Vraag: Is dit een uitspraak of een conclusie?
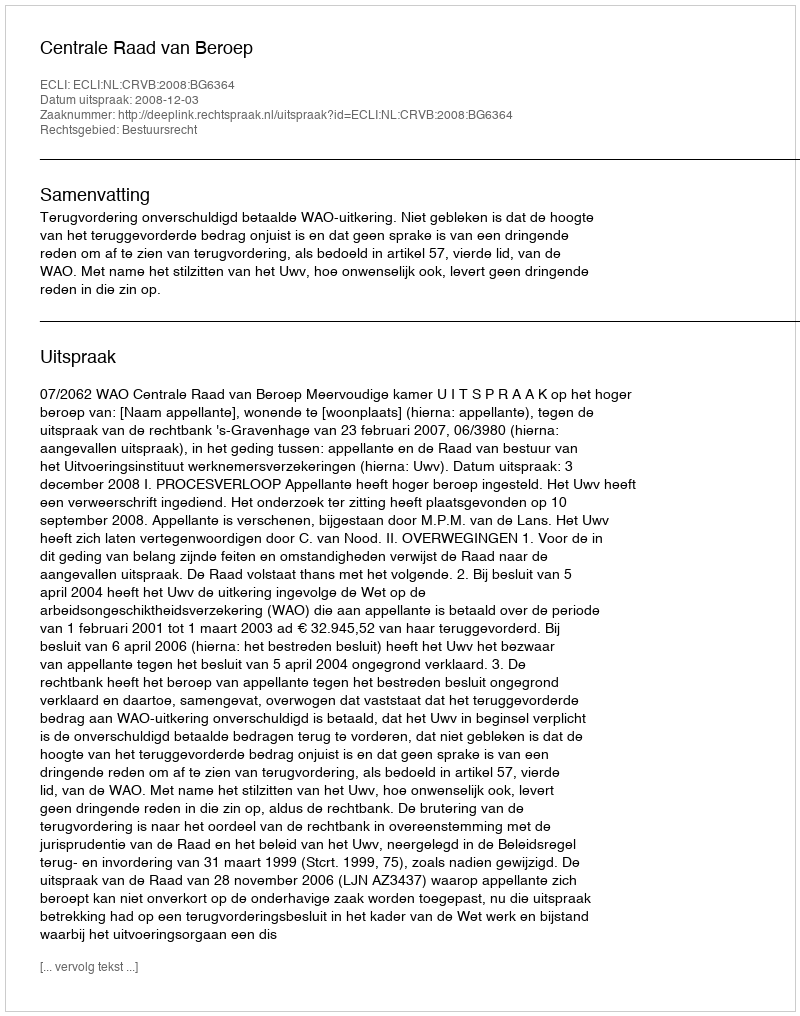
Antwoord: Uitspraak